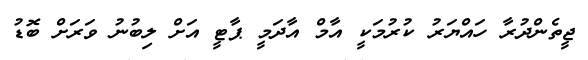
ޖީތެންދުރާ ހައްޔަރު ކުރުމަކީ އާމް އާދަމީ ޕާޓީ އަށް ލިބުނު ވަރަށް ބޮޑު